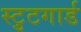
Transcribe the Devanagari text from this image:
स्टुटगार्ड